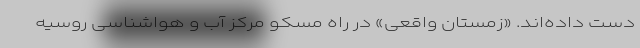
دست داده‌اند. «زمستان واقعی» در راه مسکو مرکز آب و هواشناسی روسیه